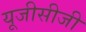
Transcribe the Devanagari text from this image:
यूजीसीजी